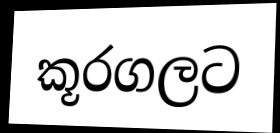
කූරගලට